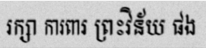
រក្សា ការពារ ព្រះវិន័យ ផង